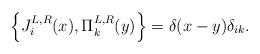
LaTeX: \begin{align*}\left\{ J_{i}^{L,R}(x),\Pi _{k}^{L,R}(y)\right\} =\delta (x-y)\delta _{ik}. \end{align*}